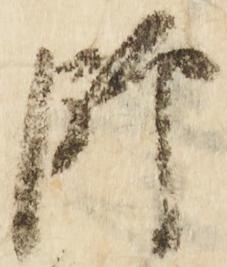
師